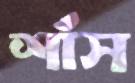
শাঁস